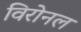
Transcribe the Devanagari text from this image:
विरोनल